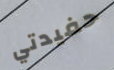
حفيدتي